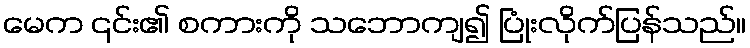
မေက ၎င်း၏ စကားကို သဘောကျ၍ ပြုံးလိုက်ပြန်သည်။